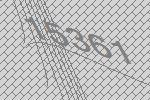
15361